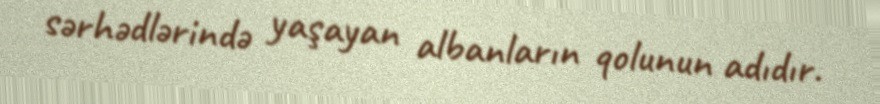
sərhədlərində yaşayan albanların qolunun adıdır.